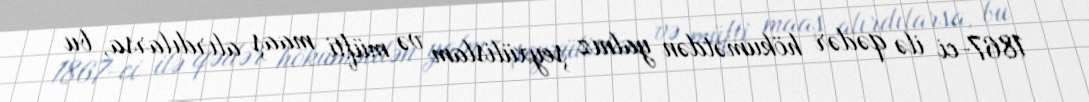
1867-ci ilə qədər hökumətdən yalnız şeyxülislam və müfti maaş alırdılarsa, bu